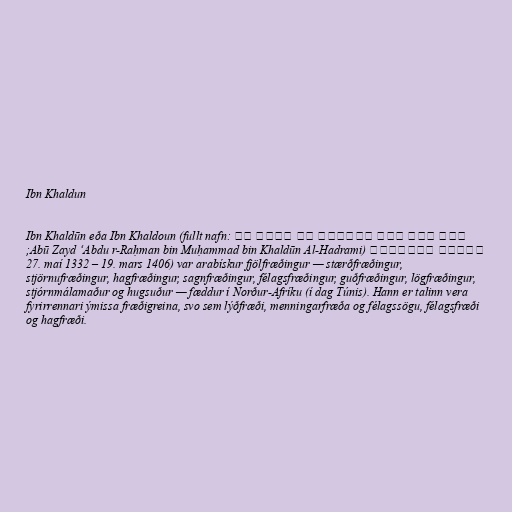
Ibn Khaldun

Ibn Khaldūn eða Ibn Khaldoun (fullt nafn: أبو زيد عبد الرحمن بن محمد بن
خلدون الحضرمي (Abū Zayd ‘Abdu r-Raḥman bin Muḥammad bin Khaldūn Al-Hadrami;
27. maí 1332 – 19. mars 1406) var arabískur fjölfræðingur — stærðfræðingur,
stjörnufræðingur, hagfræðingur, sagnfræðingur, félagsfræðingur, guðfræðingur, lögfræðingur,
stjórnmálamaður og hugsuður — fæddur í Norður-Afríku (í dag Túnis). Hann er talinn vera
fyrirrennari ýmissa fræðigreina, svo sem lýðfræði, menningarfræða og félagssögu, félagsfræði
og hagfræði.